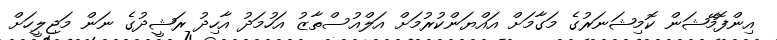
އިންފޮމޭޝަން ކޮމިޝަނަރުގެ މަގާމަށް އައްޔަންކުރުމަށް އަލްއުސްތާޒު އަހުމަދު އާހިދު ރަޝީދުގެ ނަން މަޖިލީހަށް